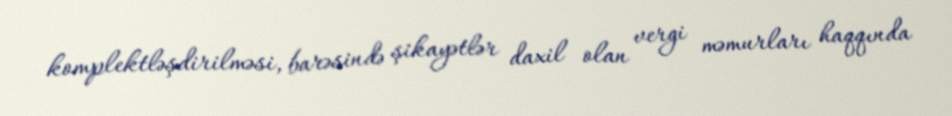
komplektləşdirilməsi, barəsində şikayətlər daxil olan vergi məmurları haqqında